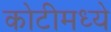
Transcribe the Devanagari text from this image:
कोटीमध्ये